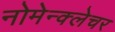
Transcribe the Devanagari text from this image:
नोमेन्क्लेचर